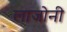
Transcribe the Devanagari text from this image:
लाजोनी